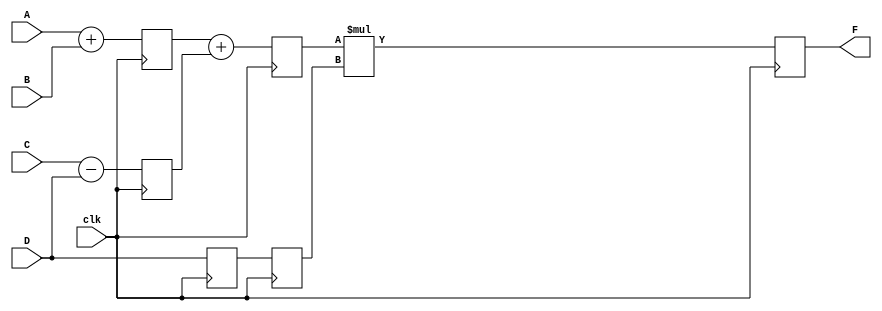
`timescale 1ns/1ps
//verilog code for pipeline modeling
module pipe_ex #(parameter N= 10) (
    output wire [N-1:0] F,
    input wire [N-1:0] A, B, C, D,
    input wire clk 
);

reg [N-1:0] L12_x1, L12_x2, L12_D, L23_x3, L23_D, L34_F;

assign F= L34_F;
//using separate always block
//**stage 1**
always @(posedge clk) begin
    L12_x1<= A+B;
    L12_x2<= C-D;
    L12_D<= D;
    end

//**stage 2**
always @(posedge clk) begin
    L23_x3<= L12_x1+L12_x2;
    L23_D<= L12_D;
end

//**stage 3**
always @(posedge clk) begin
    L34_F<= L23_x3*L23_D;
end

endmodule //pipe_ex